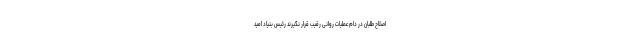
اصلاح طلبان در دام عملیات روانی رقیب قرار نگیرند رئیس بنیاد امید